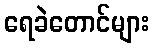
ရေခဲတောင်များ